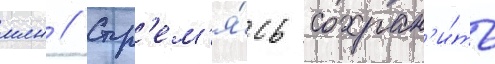
млн // Стр'ем'я́сь сохран'и́ть